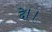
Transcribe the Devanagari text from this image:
दे।।